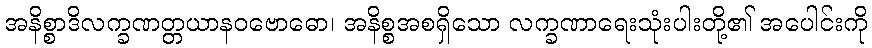
အနိစ္စာဒိလက္ခဏတ္တယာနဝဗောဓော၊ အနိစ္စအစရှိသော လက္ခဏာရေးသုံးပါးတို့၏ အပေါင်းကို